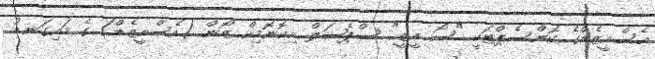
އެސްއީޒެޑްގެ ކޮންސެޕްޓަކީ "ސޯ އީޒީ" ސްޕެޝަލް އިކޮނޮމިކް ޒޯން (އެސްއީޒެޑް) ގެ މައިގަނޑު